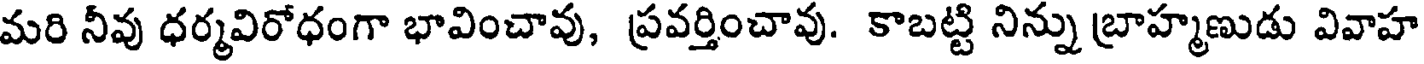
మరి నీవు ధర్మవిరోధంగా భావించావు, ప్రవర్తించావు. కాబట్టి నిన్ను బ్రాహ్మణుడు వివాహ